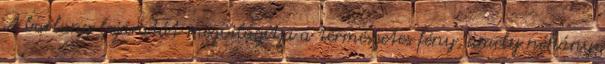
A barlang bejáratát megvilágítja a természetes fény, amely néhány